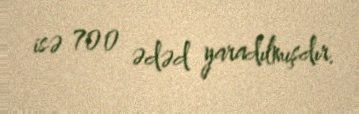
isə 700 ədəd yaradılmışdır.